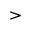
>